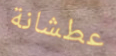
عطشانة